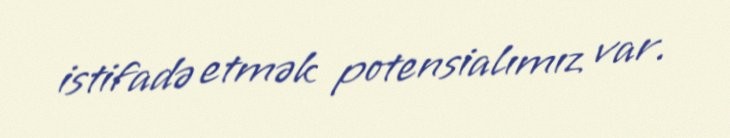
istifadə etmək potensialımız var.